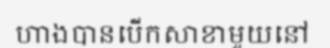
ហាងបានបើកសាខាមួយនៅ